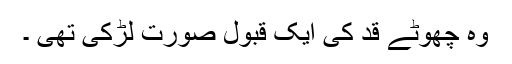
وہ چھوٹے قد کی ایک قبول صورت لڑکی تھی ۔